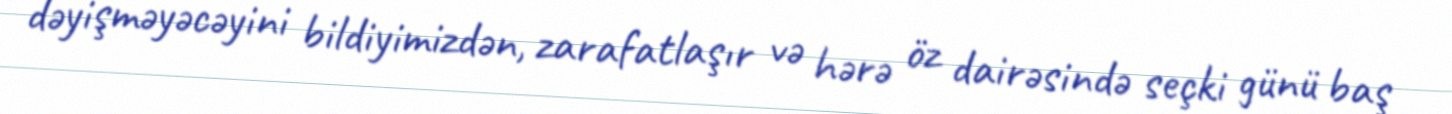
dəyişməyəcəyini bildiyimizdən, zarafatlaşır və hərə öz dairəsində seçki günü baş